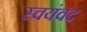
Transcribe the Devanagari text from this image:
स्वयंवद